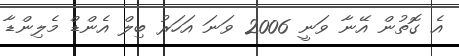
އެ ގޮތުން އޭނާ ވަނީ 2006 ވަނަ އަހަރު ބިލް އެންޑް މެލިންޑާ